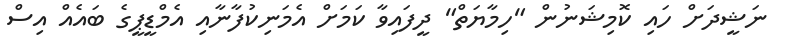
ނަޝީދަށް ހައި ކޮމިޝަނުން "ހިމާޔަތް" ދީފައިވާ ކަމަށް އެމަނިކުފާނާއި އެމްޑީޕީގެ ބައެއް އިސް